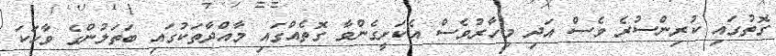
ގޮތުގައި ކުރިންސުރެ ވެސް އަދި މިހާރުވެސް އެކަށީގެންވާ ގޮތެއްގައި މާއްދާތަކުގައި ބަތަލުންގެ ވާހަކަ